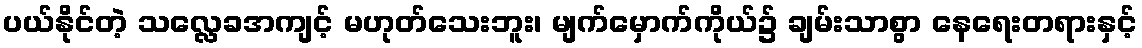
ပယ်နိုင်တဲ့ သလ္လေခအကျင့် မဟုတ်သေးဘူး၊ မျက်မှောက်ကိုယ်၌ ချမ်းသာစွာ နေရေးတရားနှင့်